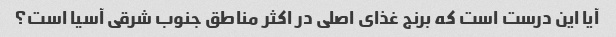
آیا این درست است که برنج غذای اصلی در اکثر مناطق جنوب شرقی آسیا است؟